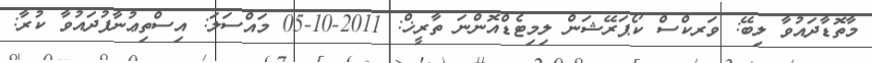
މާތޮޑާދައުވާ ލިބޭ: ވަރކްސް ކޯޕަރޭޝަން ލިމިޓެޑްއޮންނަ ތާރީޚް: 2011-10-05 މައްސަލަ: އިސްތިޢުނާފުދައުވާ ކުރާ: